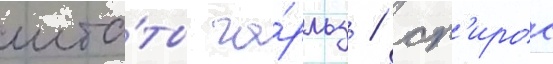
шта́ты ча́рльз / сп'ирос